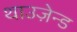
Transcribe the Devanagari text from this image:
थाउज़ेन्ड